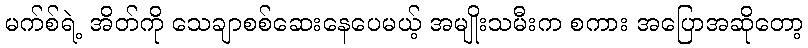
မက်စ်ရဲ့ အိတ်ကို သေချာစစ်ဆေးနေပေမယ့် အမျိုးသမီးက စကား အပြောအဆိုတော့